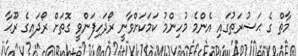
މާތް ގެ ޙަޟުރަތުގައި އެންމެ މުހިންމު ކަމަކަށްވާނީ ރޯދަހިފަންވީ ގޮތަށް ރޯދައިގެ ރޫޙާ